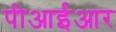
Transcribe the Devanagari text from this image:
पीआईआर